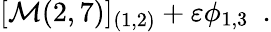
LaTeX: [{\cal M}(2,7)]_{(1,2)}+\varepsilon\phi_{1,3}\, \, \, .